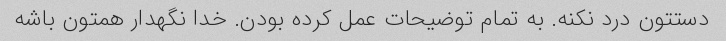
دستتون درد نکنه. به تمام توضیحات عمل کرده بودن. خدا نگهدار همتون باشه